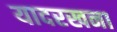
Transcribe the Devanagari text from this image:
यादरखना